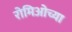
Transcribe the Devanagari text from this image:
रोमिओच्या